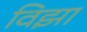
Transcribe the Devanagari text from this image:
विझा